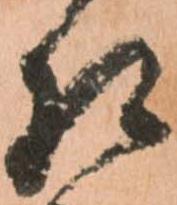
相